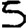
Digit: 5